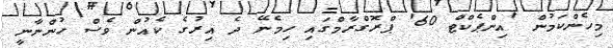
މިހެންކަމުން 'އިންޕެކްޓް 60' ޕްރޮގްރާމްގައި ހިމެނޭ ދެ އިރުގެ ކެއުން ވެސް ހުންނާނީ